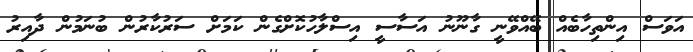
އަވަސް އިންތިހާބެއް ބޭއްވޭނީ ގާނޫނު އަސާސީ އިސްލާހުކޮށްގެން ކަމަށް ސަރުކާރުން ބުނަމުން ދާއިރު